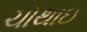
ચોથાઇ